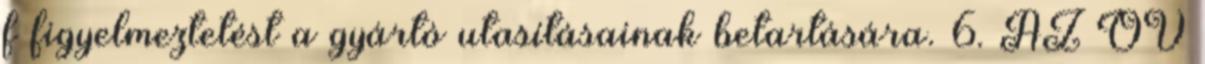
f figyelmeztetést a gyártó utasításainak betartására. 6. AZ ÖV